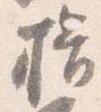
揖